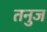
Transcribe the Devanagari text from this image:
तनुज